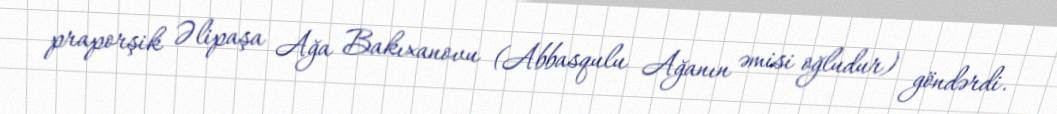
praporşik Əlipaşa Ağa Bakıxanovu (Abbasqulu Ağanın əmisi oğludur) göndərdi.